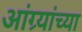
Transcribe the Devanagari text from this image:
आंग्र्यांच्या